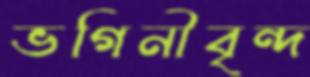
ভগিনীবৃন্দ